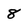
Character: 8